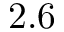
2 . 6